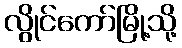
လွိုင်ကော်မြို့သို့